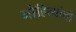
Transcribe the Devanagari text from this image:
मोहित्यांनी